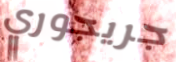
جريجوري